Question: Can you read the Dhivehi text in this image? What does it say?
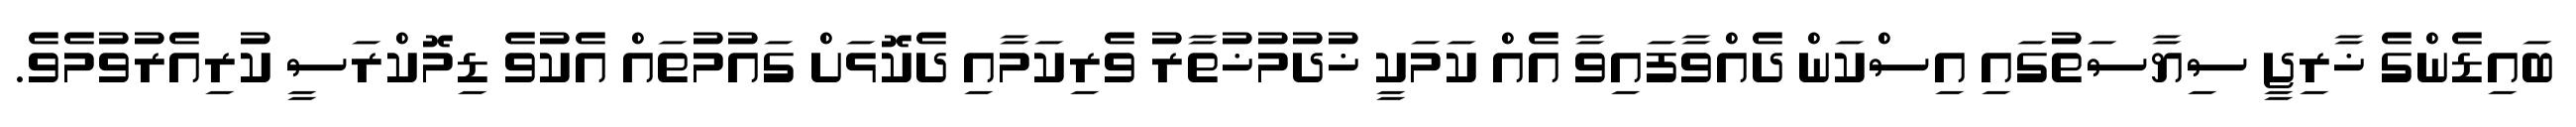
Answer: ބައިޑެންގެ ޚާރިޖީ ސިޔާސަތުގައި އިސްކަން ދެއްވާފައިވާ އެއް ކަމަކީ ޚުދުމުޚުތާރު ވެރިކަމާއި ދެކޮޅަށް ގައުމުތައް އެކުވެ ޑިމޮކްރަސީ ކުރިއެރުވުމެވެ.